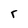
Character: r